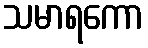
သမာရကော